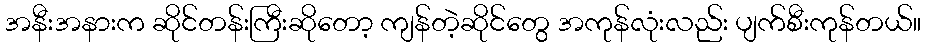
အနီးအနားက ဆိုင်တန်းကြီးဆိုတော့ ကျန်တဲ့ဆိုင်တွေ အကုန်လုံးလည်း ပျက်စီးကုန်တယ်။